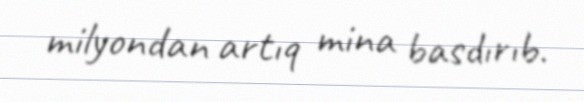
milyondan artıq mina basdırıb.